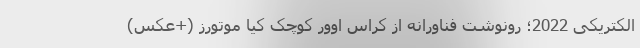
الکتریکی 2022؛ رونوشت فناورانه از کراس اوور کوچک کیا موتورز (+عکس)